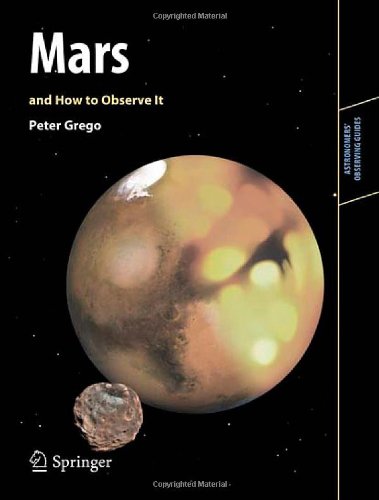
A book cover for Mars and How to Observe It (Astronomers' Observing Guides); Peter Grego; Science & Math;